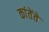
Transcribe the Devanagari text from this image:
कांतेंते